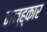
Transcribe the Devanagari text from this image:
नन्ह्कार